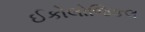
ઈકોલોજિકલ